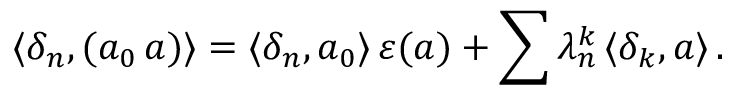
\langle \delta _ { n } , ( a _ { 0 } \, a ) \rangle = \langle \delta _ { n } , a _ { 0 } \rangle \, \varepsilon ( a ) + \sum \lambda _ { n } ^ { k } \, \langle \delta _ { k } , a \rangle \, .